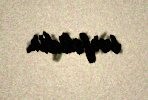
sərfəlidir.